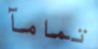
تمامآ